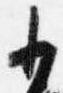
少